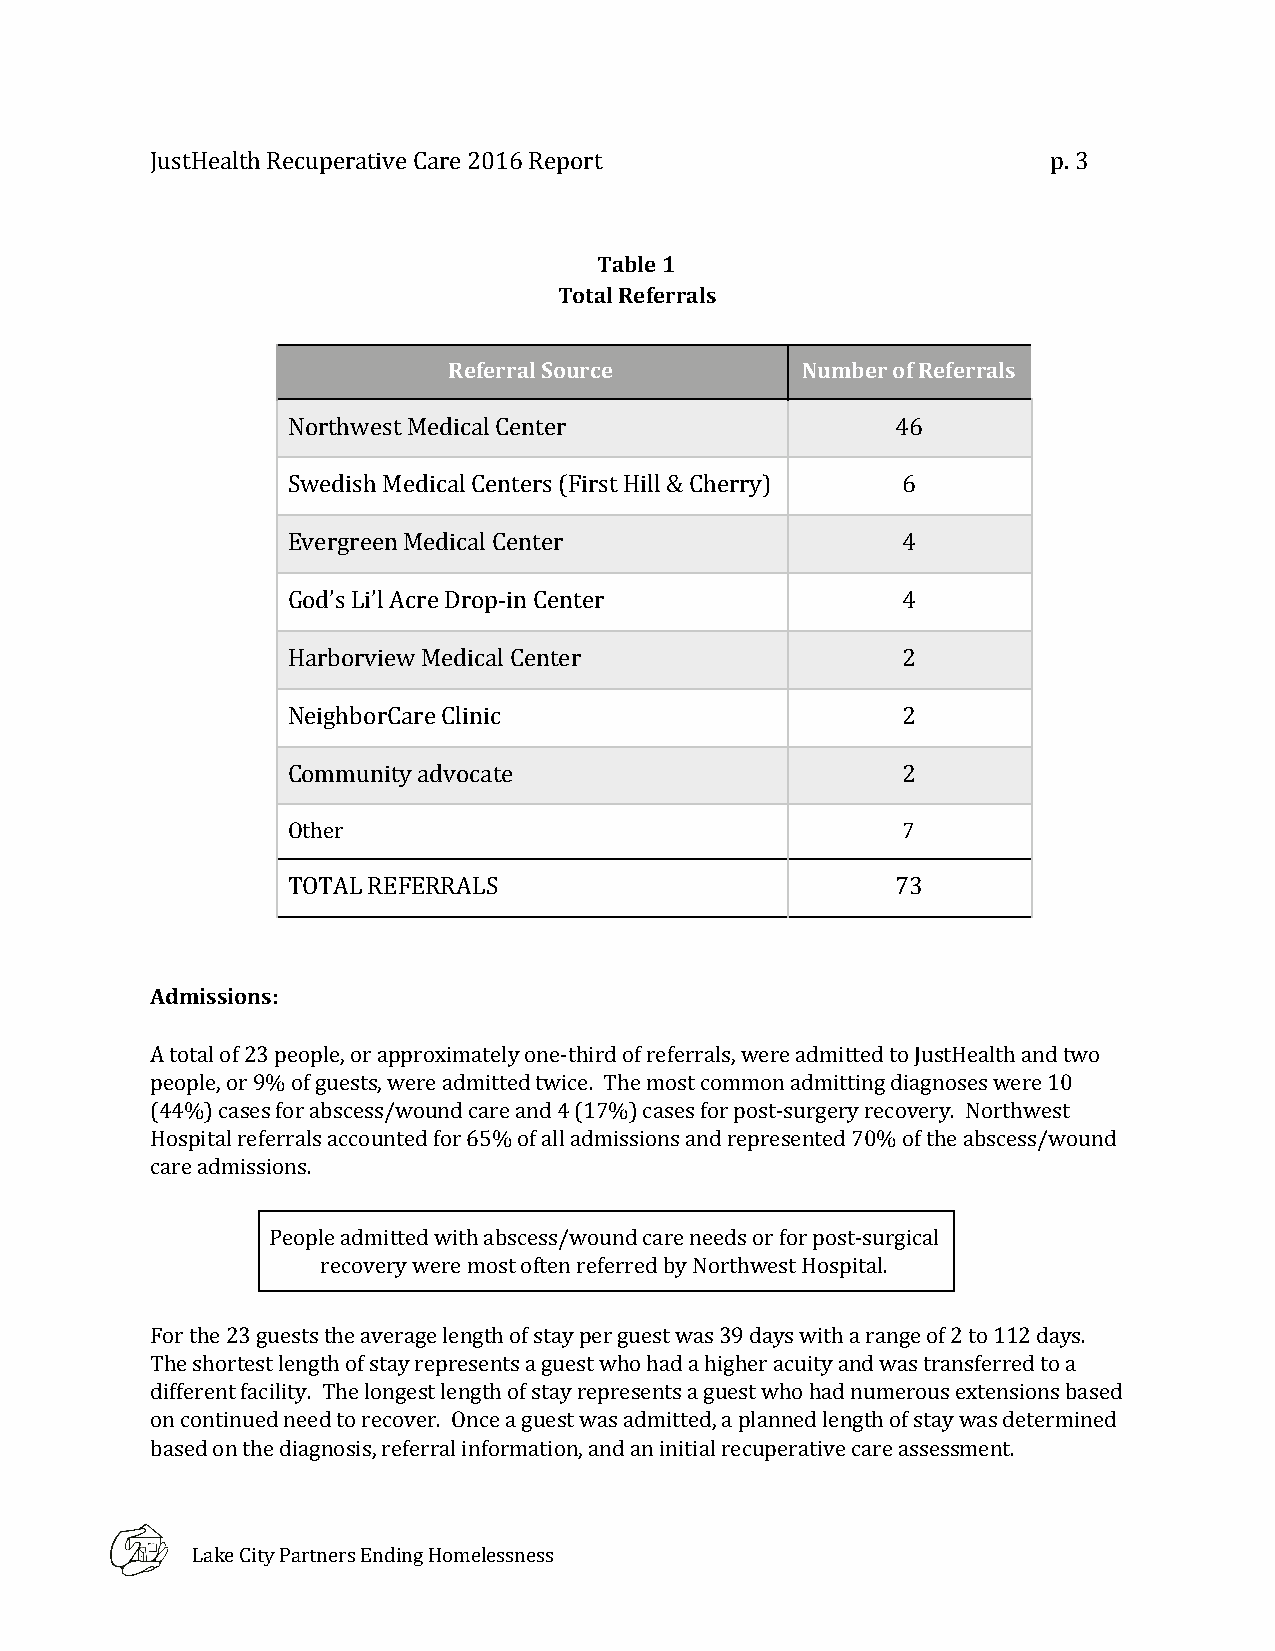
JustHealth Recuperative Care 2016 Report                    p. 3
 Table 1
 Total Referrals
 Referral Source        Number of Referrals
 Northwest Medical Center                46
 Swedish Medical Centers (First Hill & Cherry) 6
 Evergreen Medical Center                 4
 God’s Li’l Acre Drop-in Center           4
 Harborview Medical Center                2
 NeighborCare Clinic                      2
 Community advocate                       2
 Other                                    7
 TOTAL REFERRALS                         73
 Admissions:
 A total of 23 people, or approximately one-third of referrals, were admitted to JustHealth and two
 people, or 9% of guests, were admitted twice. The most common admitting diagnoses were 10
 (44%) cases for abscess/wound care and 4 (17%) cases for post-surgery recovery. Northwest
 Hospital referrals accounted for 65% of all admissions and represented 70% of the abscess/wound
 care admissions.
 People admitted with abscess/wound care needs or for post-surgical
 recovery were most often referred by Northwest Hospital.
 For the 23 guests the average length of stay per guest was 39 days with a range of 2 to 112 days.
 The shortest length of stay represents a guest who had a higher acuity and was transferred to a
 different facility. The longest length of stay represents a guest who had numerous extensions based
 on continued need to recover. Once a guest was admitted, a planned length of stay was determined
 based on the diagnosis, referral information, and an initial recuperative care assessment.
 Lake City Partners Ending Homelessness